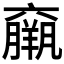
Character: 𱻓